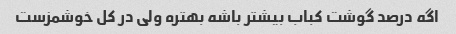
اگه درصد گوشت کباب بیشتر باشه بهتره ولی در کل خوشمزست